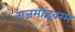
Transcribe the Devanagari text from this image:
राजमहेंद्रवरम्